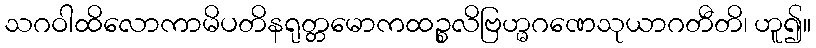
သဂဝါထိလောကာမိပတိနရုတ္တမောကထဉ္စလိဗြဟ္မဂဏေသုယာဂတီတိ၊ ဟူ၍။